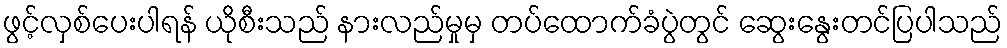
ဖွင့်လှစ်ပေးပါရန် ယိုစီးသည် နားလည်မှုမှ တပ်ထောက်ခံပွဲတွင် ဆွေးနွေးတင်ပြပါသည်